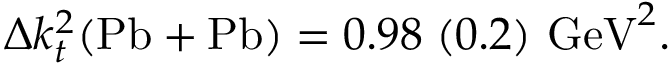
\Delta k _ { t } ^ { 2 } ( \mathrm { P b + P b } ) = 0 . 9 8 \; ( 0 . 2 ) \mathrm { ~ G e V } ^ { 2 } .